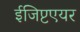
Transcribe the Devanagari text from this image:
ईजिप्टएयर